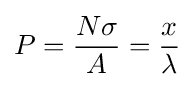
P={\frac {N\sigma }{A}}={\frac {x}{\lambda }}